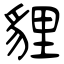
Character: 貍